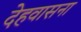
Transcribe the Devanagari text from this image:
देहवासना